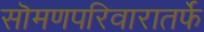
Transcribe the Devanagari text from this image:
सॊमणपरिवारातर्फे